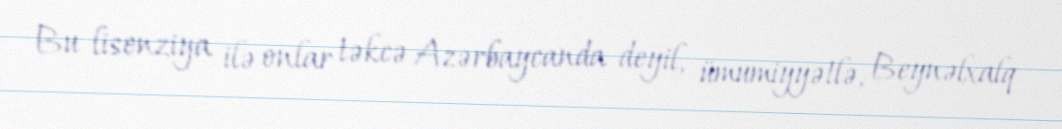
Bu lisenziya ilə onlar təkcə Azərbaycanda deyil, ümumiyyətlə, Beynəlxalq